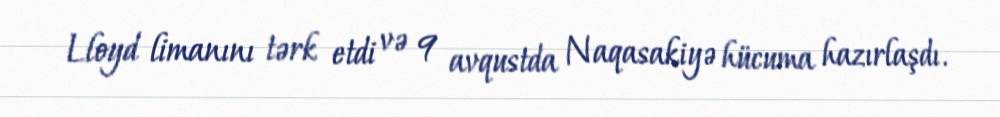
Lloyd limanını tərk etdi və 9 avqustda Naqasakiyə hücuma hazırlaşdı.